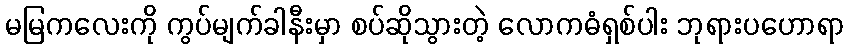
မမြကလေးကို ကွပ်မျက်ခါနီးမှာ စပ်ဆိုသွားတဲ့ လောကဓံရှစ်ပါး ဘုရားပဟောရာ